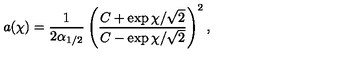
a ( \chi ) = \frac { 1 } { 2 \alpha _ { 1 / 2 } } \left( \frac { C + \exp \chi / \sqrt { 2 } } { C - \exp \chi / \sqrt { 2 } } \right) ^ { 2 } ,